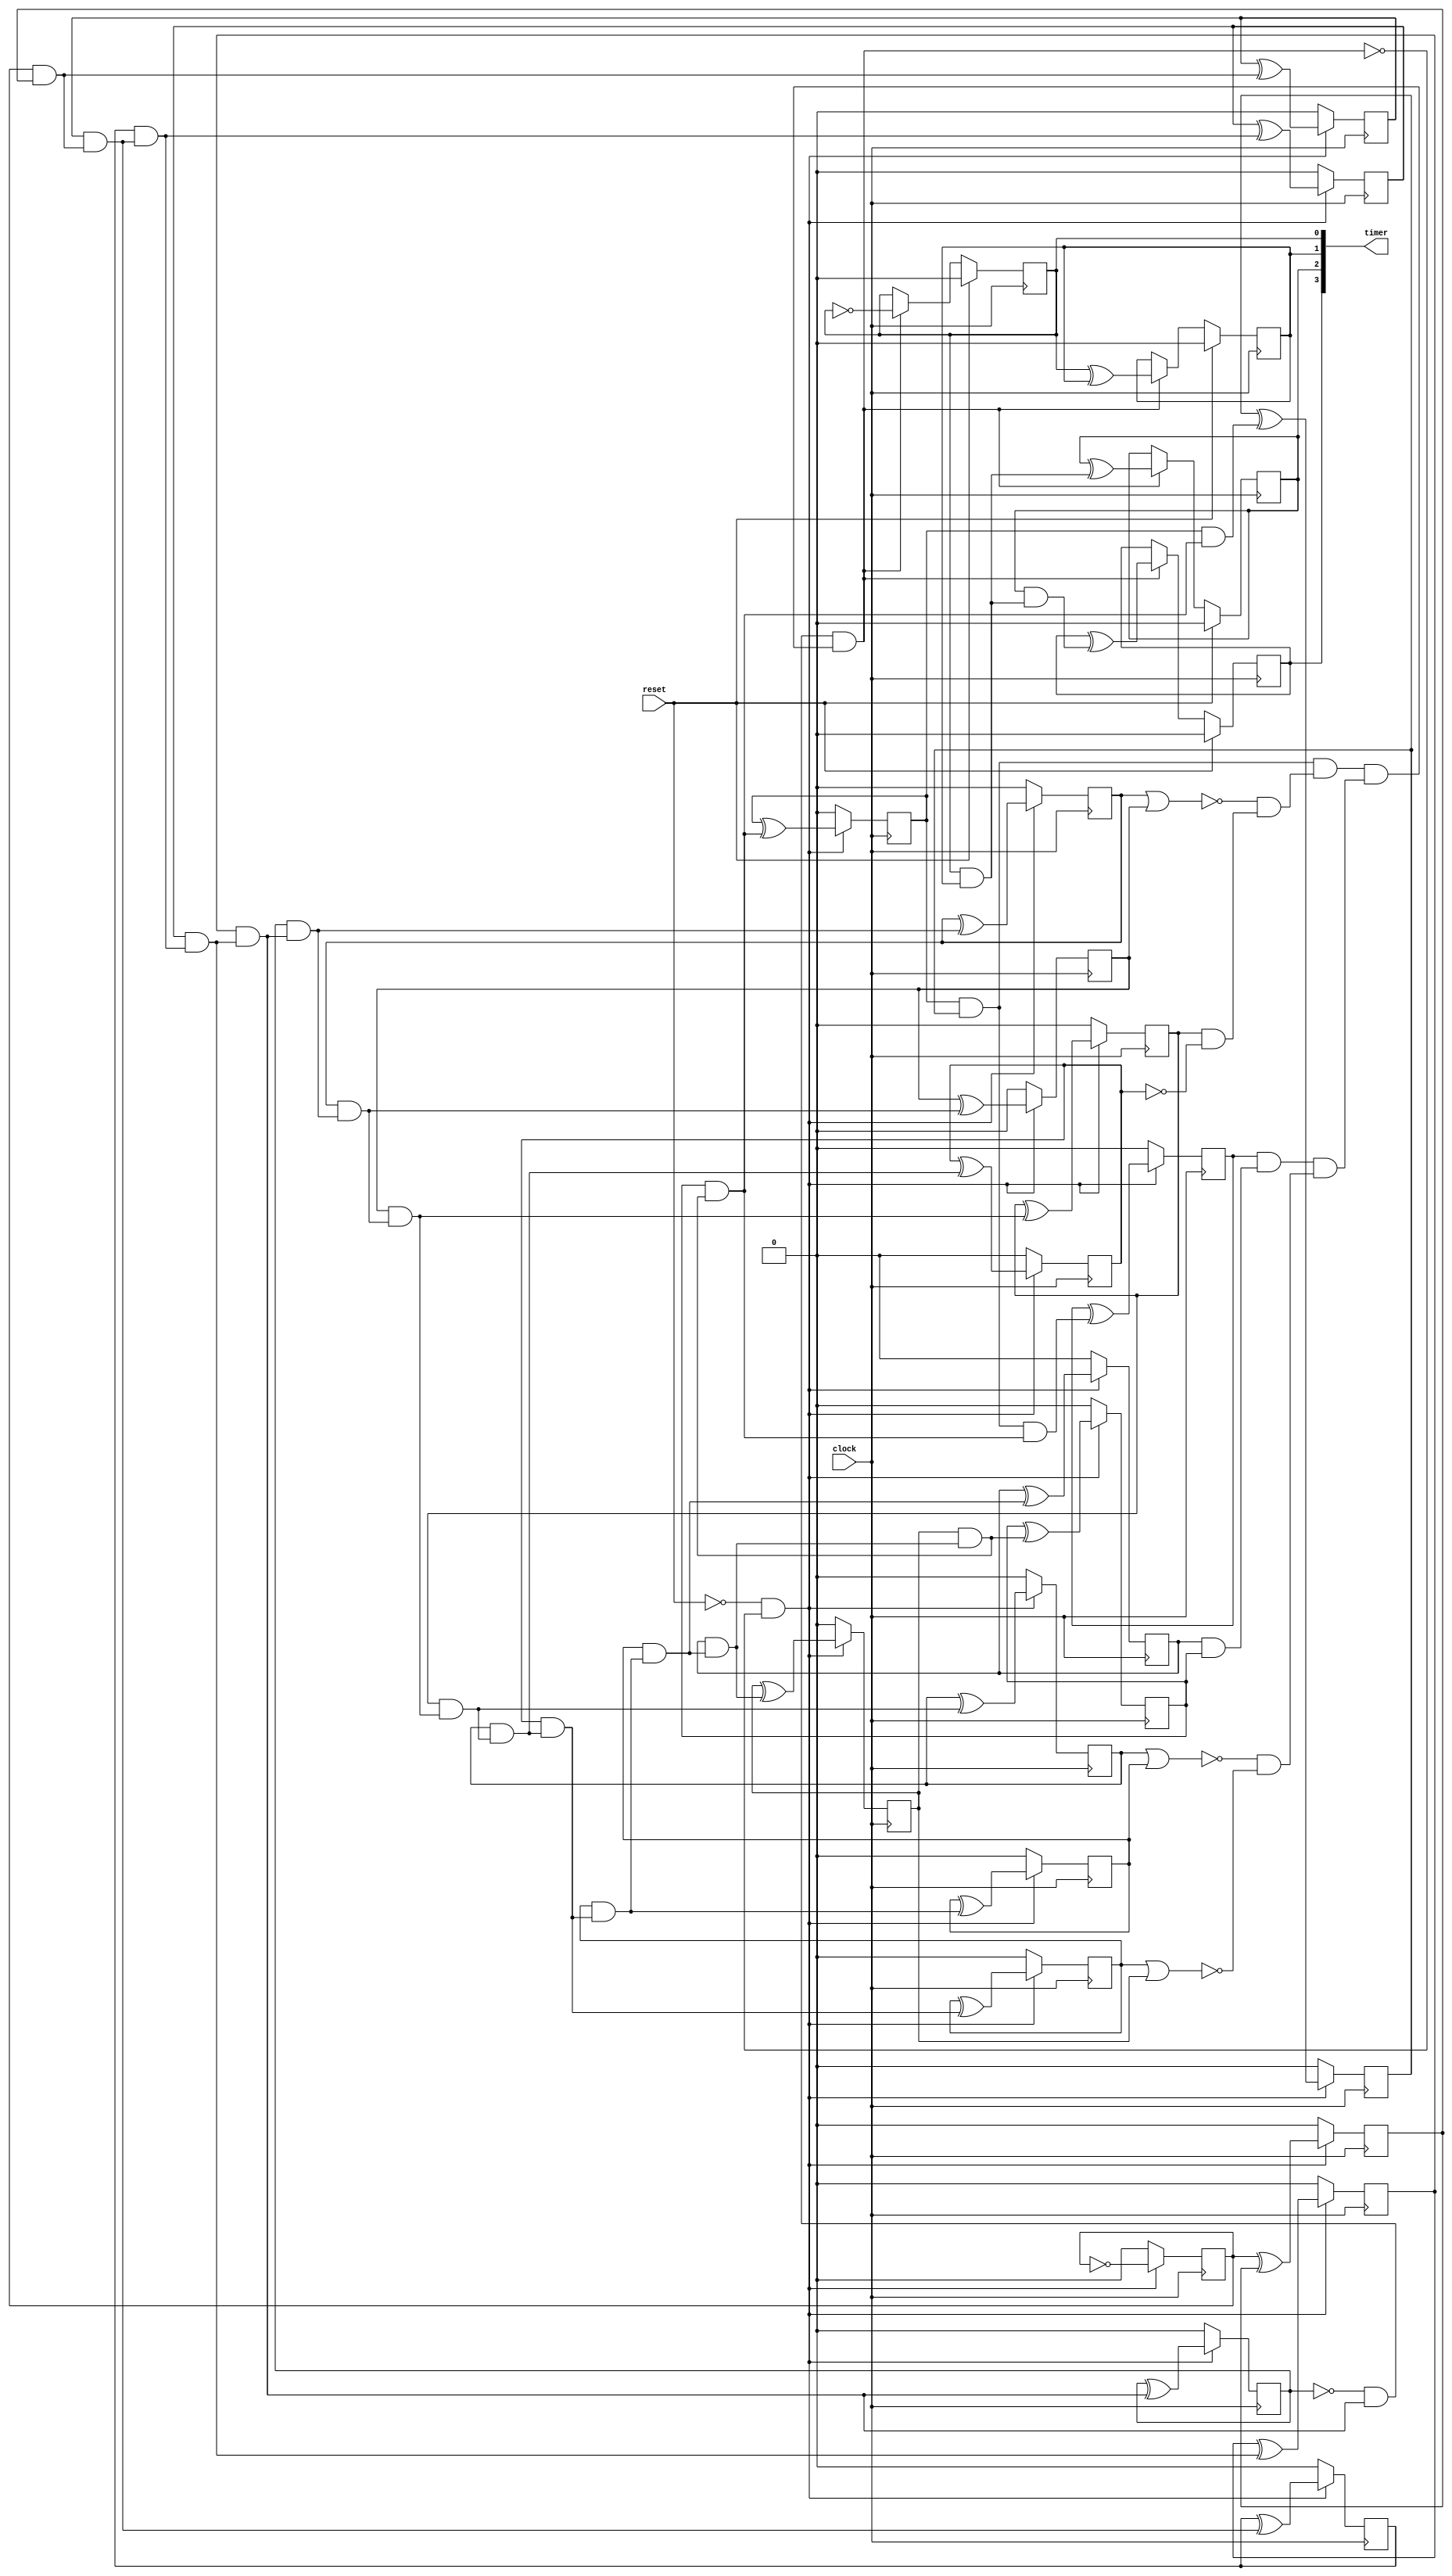
/* Generated by Yosys 0.16+6 (git sha1 e0ba32423, clang 11.0.1-2 -fPIC -Os) */

module timer(clock, reset, timer);
  wire _000_;
  wire _001_;
  wire _002_;
  wire _003_;
  wire _004_;
  wire _005_;
  wire _006_;
  wire _007_;
  wire _008_;
  wire _009_;
  wire _010_;
  wire _011_;
  wire _012_;
  wire _013_;
  wire _014_;
  wire _015_;
  wire _016_;
  wire _017_;
  wire _018_;
  wire _019_;
  wire _020_;
  wire _021_;
  wire _022_;
  wire _023_;
  wire _024_;
  wire _025_;
  wire _026_;
  wire _027_;
  wire _028_;
  wire _029_;
  wire _030_;
  wire _031_;
  wire _032_;
  wire _033_;
  wire _034_;
  wire _035_;
  wire _036_;
  wire _037_;
  (* force_downto = 32'd1 *)
  (* src = "/usr/local/bin/../share/yosys/techmap.v:270.23-270.24" *)
  wire [3:0] _038_;
  (* force_downto = 32'd1 *)
  (* src = "/usr/local/bin/../share/yosys/techmap.v:270.26-270.27" *)
  wire [3:0] _039_;
  (* force_downto = 32'd1 *)
  (* src = "/usr/local/bin/../share/yosys/techmap.v:270.23-270.24" *)
  wire [19:0] _040_;
  (* force_downto = 32'd1 *)
  (* src = "/usr/local/bin/../share/yosys/techmap.v:270.26-270.27" *)
  wire [19:0] _041_;
  input clock;
  wire clock;
  reg [19:0] counter_reg;
  input reset;
  wire reset;
  output [3:0] timer;
  wire [3:0] timer;
  reg [3:0] timer_reg;
  assign _040_[0] = ~counter_reg[0];
  assign _008_ = ~counter_reg[6];
  assign _009_ = ~counter_reg[11];
  assign _010_ = ~reset;
  assign _038_[0] = ~timer_reg[0];
  assign _011_ = counter_reg[0] & counter_reg[1];
  assign _012_ = counter_reg[2] & _011_;
  assign _013_ = counter_reg[3] & _012_;
  assign _014_ = counter_reg[4] & _013_;
  assign _015_ = counter_reg[5] & _014_;
  assign _016_ = _008_ & _015_;
  assign _017_ = counter_reg[17] & counter_reg[18];
  assign _018_ = ~(counter_reg[7] | counter_reg[8]);
  assign _019_ = counter_reg[9] & _009_;
  assign _020_ = _018_ & _019_;
  assign _021_ = _017_ & _020_;
  assign _022_ = counter_reg[14] & counter_reg[16];
  assign _023_ = counter_reg[19] & _022_;
  assign _024_ = ~(counter_reg[10] | counter_reg[13]);
  assign _025_ = ~(counter_reg[12] | counter_reg[15]);
  assign _026_ = _024_ & _025_;
  assign _027_ = _023_ & _026_;
  assign _028_ = _021_ & _027_;
  assign _001_ = ~(_016_ & _028_);
  assign _000_ = ~(_010_ & _001_);
  assign _029_ = timer_reg[0] & timer_reg[1];
  assign _039_[1] = timer_reg[0] ^ timer_reg[1];
  assign _030_ = timer_reg[2] & _029_;
  assign _039_[2] = timer_reg[2] ^ _029_;
  assign _039_[3] = timer_reg[3] ^ _030_;
  assign _041_[1] = counter_reg[0] ^ counter_reg[1];
  assign _041_[2] = counter_reg[2] ^ _011_;
  assign _041_[3] = counter_reg[3] ^ _012_;
  assign _041_[4] = counter_reg[4] ^ _013_;
  assign _041_[5] = counter_reg[5] ^ _014_;
  assign _041_[6] = counter_reg[6] ^ _015_;
  assign _031_ = counter_reg[6] & _015_;
  assign _032_ = counter_reg[7] & _031_;
  assign _041_[7] = counter_reg[7] ^ _031_;
  assign _033_ = counter_reg[8] & _032_;
  assign _041_[8] = counter_reg[8] ^ _032_;
  assign _034_ = counter_reg[9] & _033_;
  assign _041_[9] = counter_reg[9] ^ _033_;
  assign _035_ = counter_reg[10] & _034_;
  assign _041_[10] = counter_reg[10] ^ _034_;
  assign _036_ = counter_reg[11] & _035_;
  assign _041_[11] = counter_reg[11] ^ _035_;
  assign _037_ = counter_reg[12] & _036_;
  assign _041_[12] = counter_reg[12] ^ _036_;
  assign _002_ = counter_reg[13] & _037_;
  assign _041_[13] = counter_reg[13] ^ _037_;
  assign _003_ = counter_reg[14] & _002_;
  assign _041_[14] = counter_reg[14] ^ _002_;
  assign _004_ = counter_reg[15] & _003_;
  assign _041_[15] = counter_reg[15] ^ _003_;
  assign _005_ = counter_reg[16] & _004_;
  assign _041_[16] = counter_reg[16] ^ _004_;
  assign _006_ = counter_reg[17] & _005_;
  assign _041_[17] = counter_reg[17] ^ _005_;
  assign _007_ = _017_ & _005_;
  assign _041_[18] = counter_reg[18] ^ _006_;
  assign _041_[19] = counter_reg[19] ^ _007_;
  always @(posedge clock)
    if (_000_) counter_reg[0] <= 1'h0;
    else counter_reg[0] <= _040_[0];
  always @(posedge clock)
    if (_000_) counter_reg[1] <= 1'h0;
    else counter_reg[1] <= _041_[1];
  always @(posedge clock)
    if (_000_) counter_reg[2] <= 1'h0;
    else counter_reg[2] <= _041_[2];
  always @(posedge clock)
    if (_000_) counter_reg[3] <= 1'h0;
    else counter_reg[3] <= _041_[3];
  always @(posedge clock)
    if (_000_) counter_reg[4] <= 1'h0;
    else counter_reg[4] <= _041_[4];
  always @(posedge clock)
    if (_000_) counter_reg[5] <= 1'h0;
    else counter_reg[5] <= _041_[5];
  always @(posedge clock)
    if (_000_) counter_reg[6] <= 1'h0;
    else counter_reg[6] <= _041_[6];
  always @(posedge clock)
    if (_000_) counter_reg[7] <= 1'h0;
    else counter_reg[7] <= _041_[7];
  always @(posedge clock)
    if (_000_) counter_reg[8] <= 1'h0;
    else counter_reg[8] <= _041_[8];
  always @(posedge clock)
    if (_000_) counter_reg[9] <= 1'h0;
    else counter_reg[9] <= _041_[9];
  always @(posedge clock)
    if (_000_) counter_reg[10] <= 1'h0;
    else counter_reg[10] <= _041_[10];
  always @(posedge clock)
    if (_000_) counter_reg[11] <= 1'h0;
    else counter_reg[11] <= _041_[11];
  always @(posedge clock)
    if (_000_) counter_reg[12] <= 1'h0;
    else counter_reg[12] <= _041_[12];
  always @(posedge clock)
    if (_000_) counter_reg[13] <= 1'h0;
    else counter_reg[13] <= _041_[13];
  always @(posedge clock)
    if (_000_) counter_reg[14] <= 1'h0;
    else counter_reg[14] <= _041_[14];
  always @(posedge clock)
    if (_000_) counter_reg[15] <= 1'h0;
    else counter_reg[15] <= _041_[15];
  always @(posedge clock)
    if (_000_) counter_reg[16] <= 1'h0;
    else counter_reg[16] <= _041_[16];
  always @(posedge clock)
    if (_000_) counter_reg[17] <= 1'h0;
    else counter_reg[17] <= _041_[17];
  always @(posedge clock)
    if (_000_) counter_reg[18] <= 1'h0;
    else counter_reg[18] <= _041_[18];
  always @(posedge clock)
    if (_000_) counter_reg[19] <= 1'h0;
    else counter_reg[19] <= _041_[19];
  always @(posedge clock)
    if (reset) timer_reg[0] <= 1'h0;
    else if (!_001_) timer_reg[0] <= _038_[0];
  always @(posedge clock)
    if (reset) timer_reg[1] <= 1'h0;
    else if (!_001_) timer_reg[1] <= _039_[1];
  always @(posedge clock)
    if (reset) timer_reg[2] <= 1'h0;
    else if (!_001_) timer_reg[2] <= _039_[2];
  always @(posedge clock)
    if (reset) timer_reg[3] <= 1'h0;
    else if (!_001_) timer_reg[3] <= _039_[3];
  assign _038_[3:1] = timer_reg[3:1];
  assign _039_[0] = _038_[0];
  assign _040_[19:1] = counter_reg[19:1];
  assign _041_[0] = _040_[0];
  assign timer = timer_reg;
endmodule